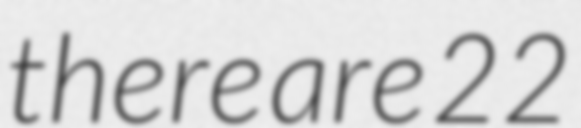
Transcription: there are 22